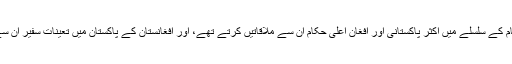
افغانستان میں دیر پا امن اور استحکام کے سلسلے میں اکثر پاکستانی اور افغان اعلیٰ حکام ان سے ملاقاتیں کرتے تھے، اور افغانستان کے پاکستان میں تعینات سفیر ان سے باقاعدگی سے ملتے رہتے تھے۔